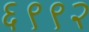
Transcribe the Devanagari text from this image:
६९९२